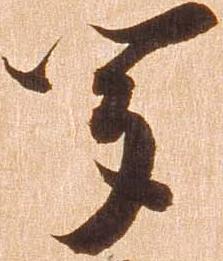
聞